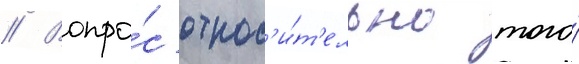
// Вопро́с относ'и́т'ельно того́